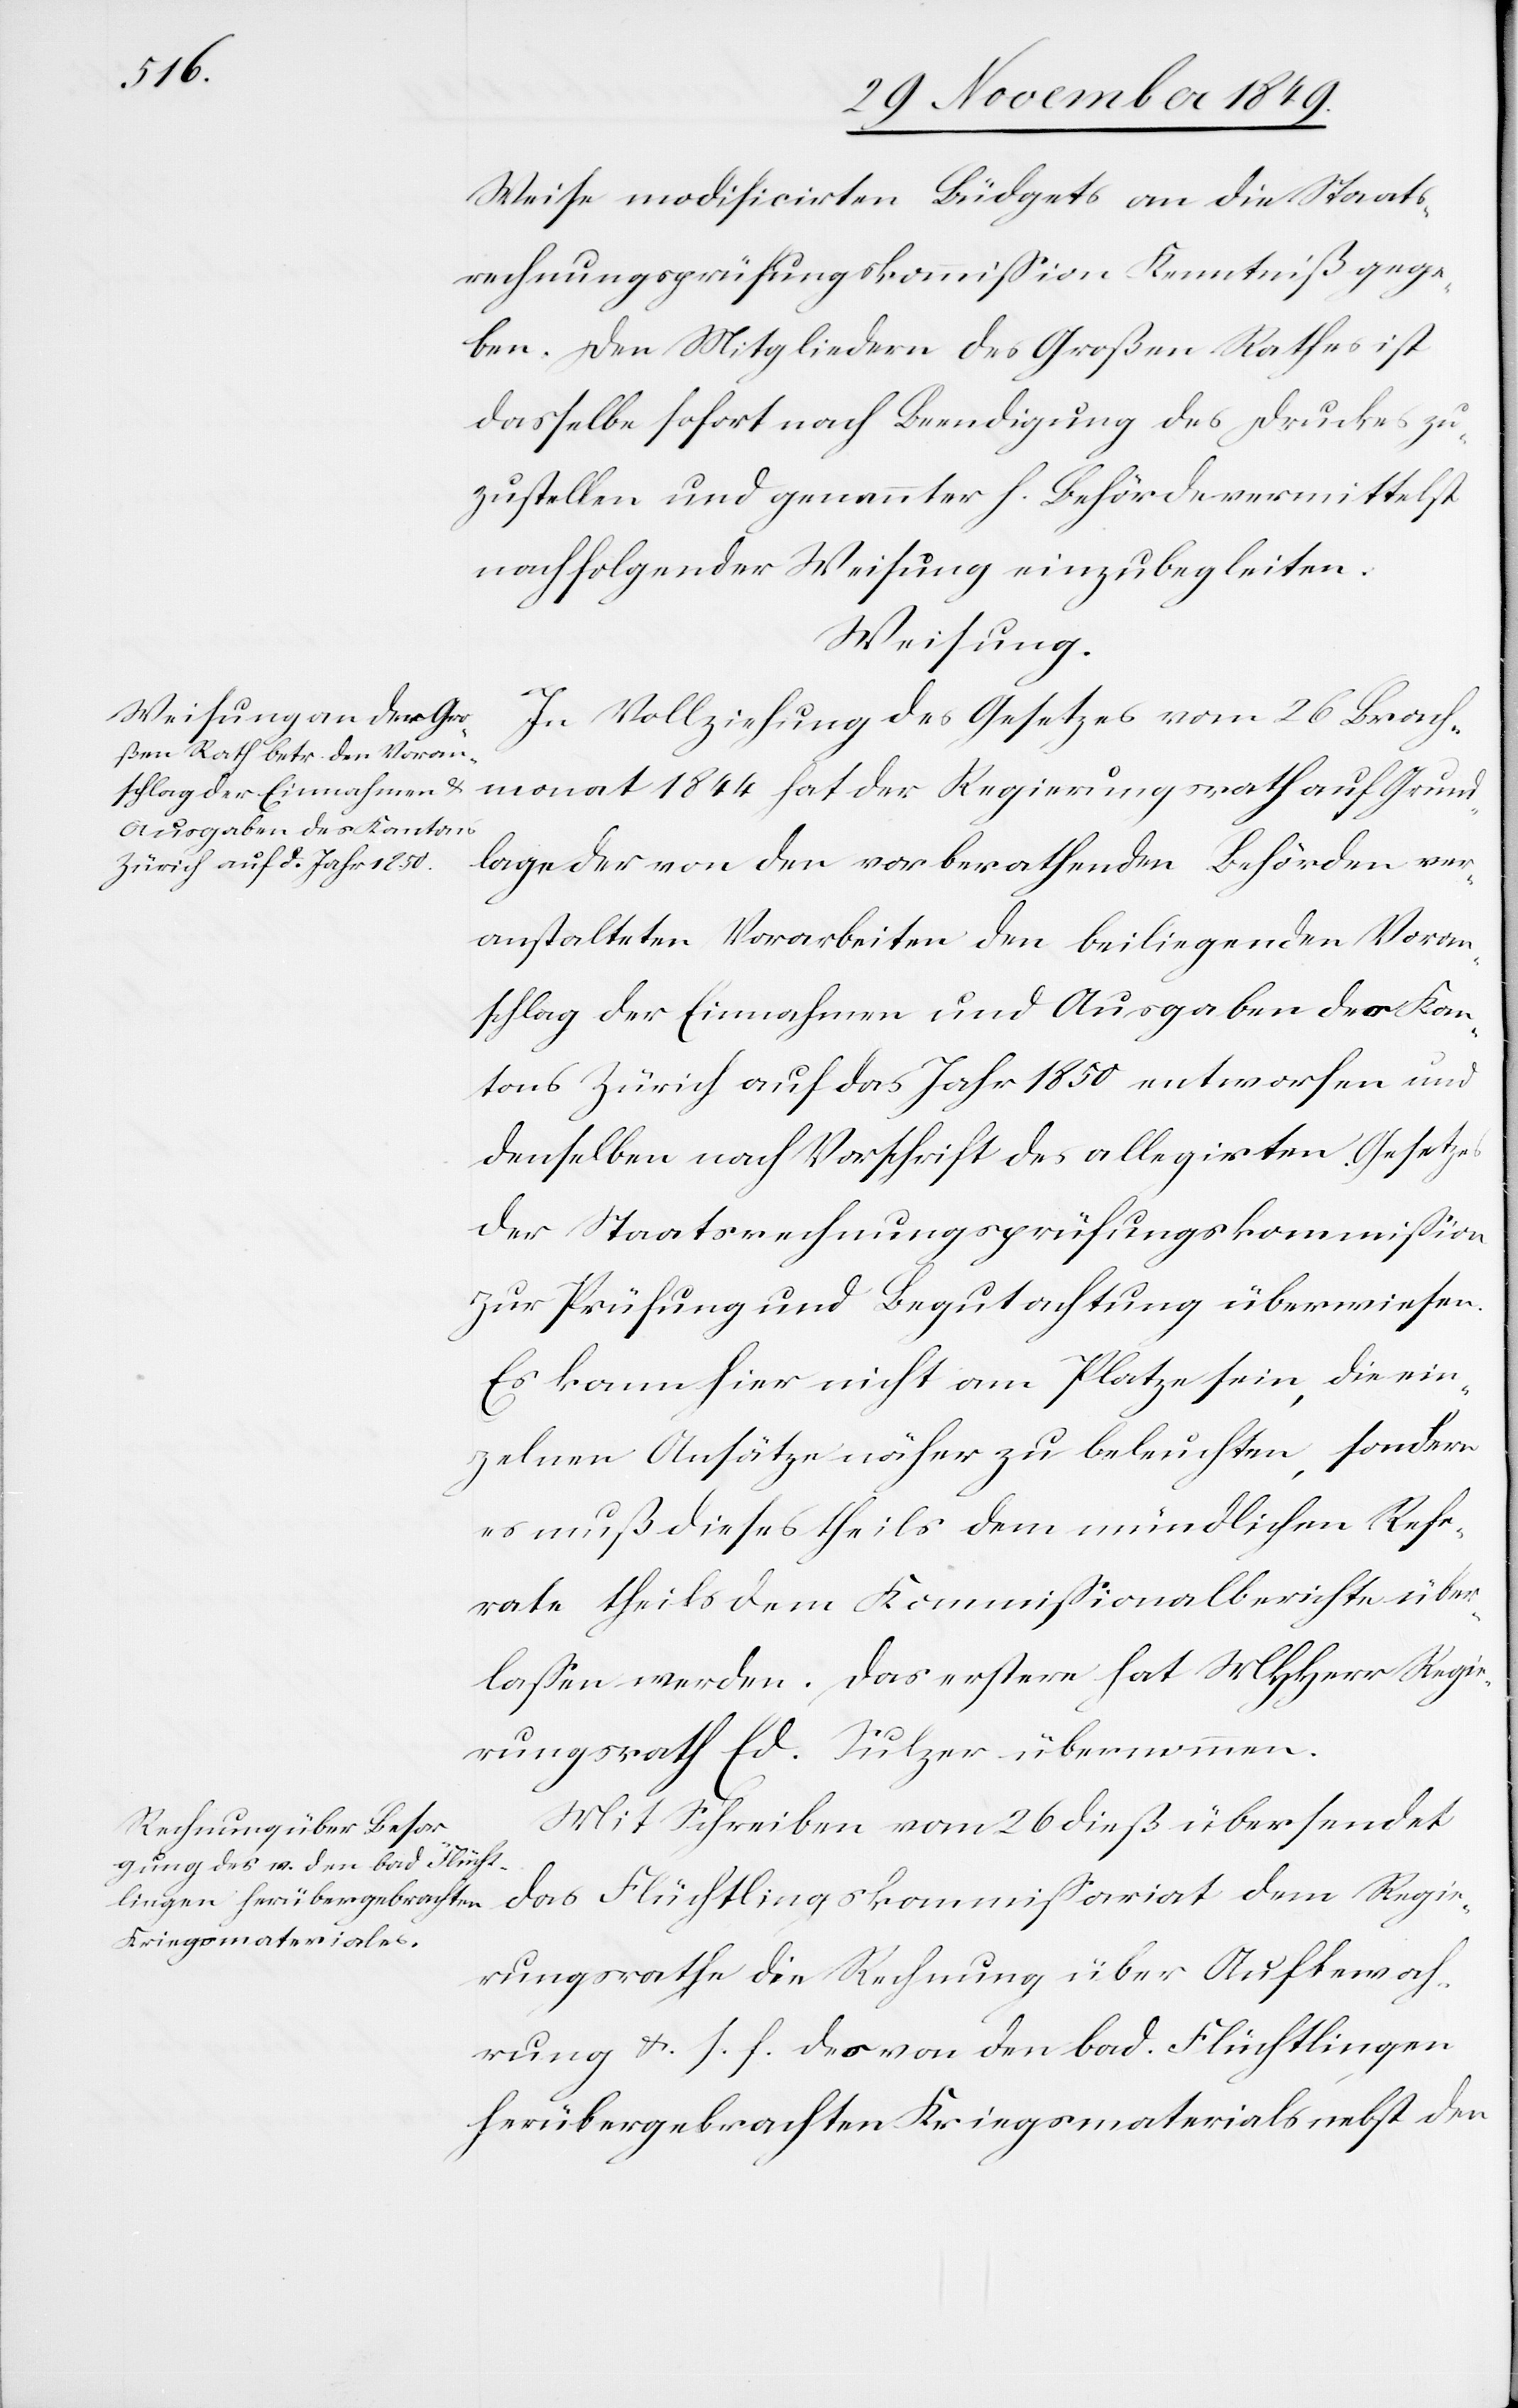
Weise modificirten Büdgets an die Staats¬
rechnungsprüfungskommißion Kenntniß gege¬
ben. Den Mitgliedern des Großen Rathes ist
dasselbe sofort nach Beendigung des Druckes zu¬
zustellen und genannter h. Behörde vermittelst
nachfolgender Weisung einzubegleiten.
Weisung.
In Vollziehung des Gesetzes vom 26 Brach¬
monat 1844 hat der Regierungsrath auf Grund¬
lage der von den vorberathenden Behörden ver¬
anstalteten Vorarbeiten den beiliegenden Voran¬
schlag der Einnahmen und Ausgaben des Kan¬
tons Zürich auf das Jahr 1850 entworfen und
denselben nach Vorschrift des allegirten Gesetzes
der Staatsrechnungsprüfungskommißion
zur Prüfung und Begutachtung überwiesen.
Es kann hier nicht am Platze sein, die ein¬
zelnen Ansätze näher zu beleuchten, sondern
es muß dieses theils dem mündlichen Refe¬
rate theils dem Kommißionalberichte über¬
laßen werden. Das erstere hat MHHerr Regie¬
rungsrath Ed. Sulzer übernommen.
Mit Schreiben vom 26 dieß übersendet
Regie¬
rungsrathe die Rechnung über Aufbewah¬
rung u. s. f. des von den bad. Flüchtlingen
herübergebrachten Kriegsmaterials nebst den